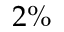
2 \%